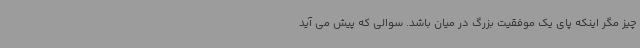
چیز مگر اینکه پای یک موفقیت بزرگ در میان باشد. سوالی که پیش می آید